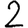
Digit: 2